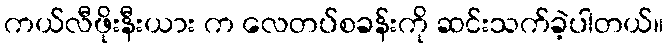
ကယ်လီဖိုးနီးယား က လေတပ်စခန်းကို ဆင်းသက်ခဲ့ပါတယ်။